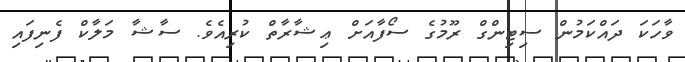
ވާހަކަ ދައްކަމުން ސިޓިންގް ރޫމުގެ ސޯފާއަށް ޢިޝާރާތް ކުރިއެވެ. ސާޝާ މަލާކް ފެނިފައި